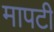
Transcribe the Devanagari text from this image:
मापटी